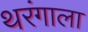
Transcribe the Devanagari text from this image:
थरंगाला